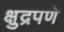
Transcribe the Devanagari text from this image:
क्षुद्रपणे